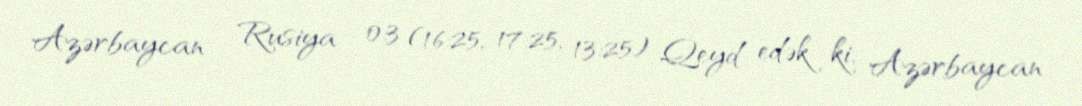
Azərbaycan - Rusiya - 0:3 (16:25, 17:25, 13:25) Qeyd edək ki, Azərbaycan